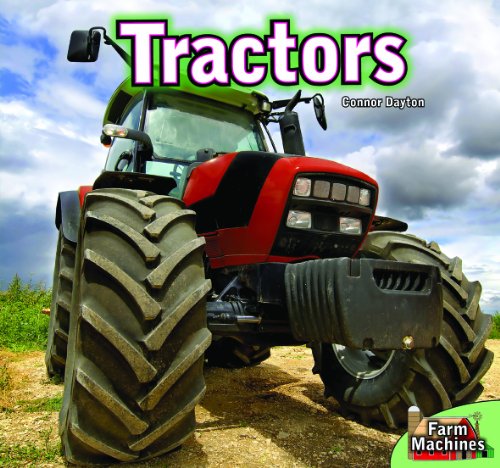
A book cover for Tractors (Farm Machines); Connor Dayton; Children's Books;